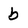
Character: b